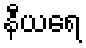
နီယရေ